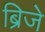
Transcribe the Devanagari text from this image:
ब्रिजे